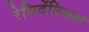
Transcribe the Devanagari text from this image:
रेसिदेंतिअल